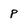
Character: p